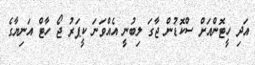
އަދި ހީޓޮންއަށް ސްކޮޑުން ޖާގަ ލިބުނީ އެއްވަނަ ކީޕަރު ޖޯ ހާޓް އަނިޔާގެ